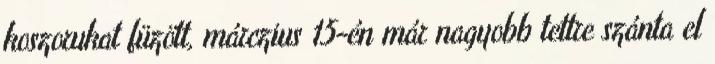
koszorukat füzött, márczius 15-én már nagyobb tettre szánta el